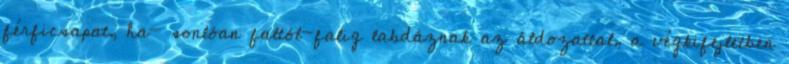
férficsapat, ha- sonlóan faltól-falig labdáznak az áldozattal, a végkifejletben